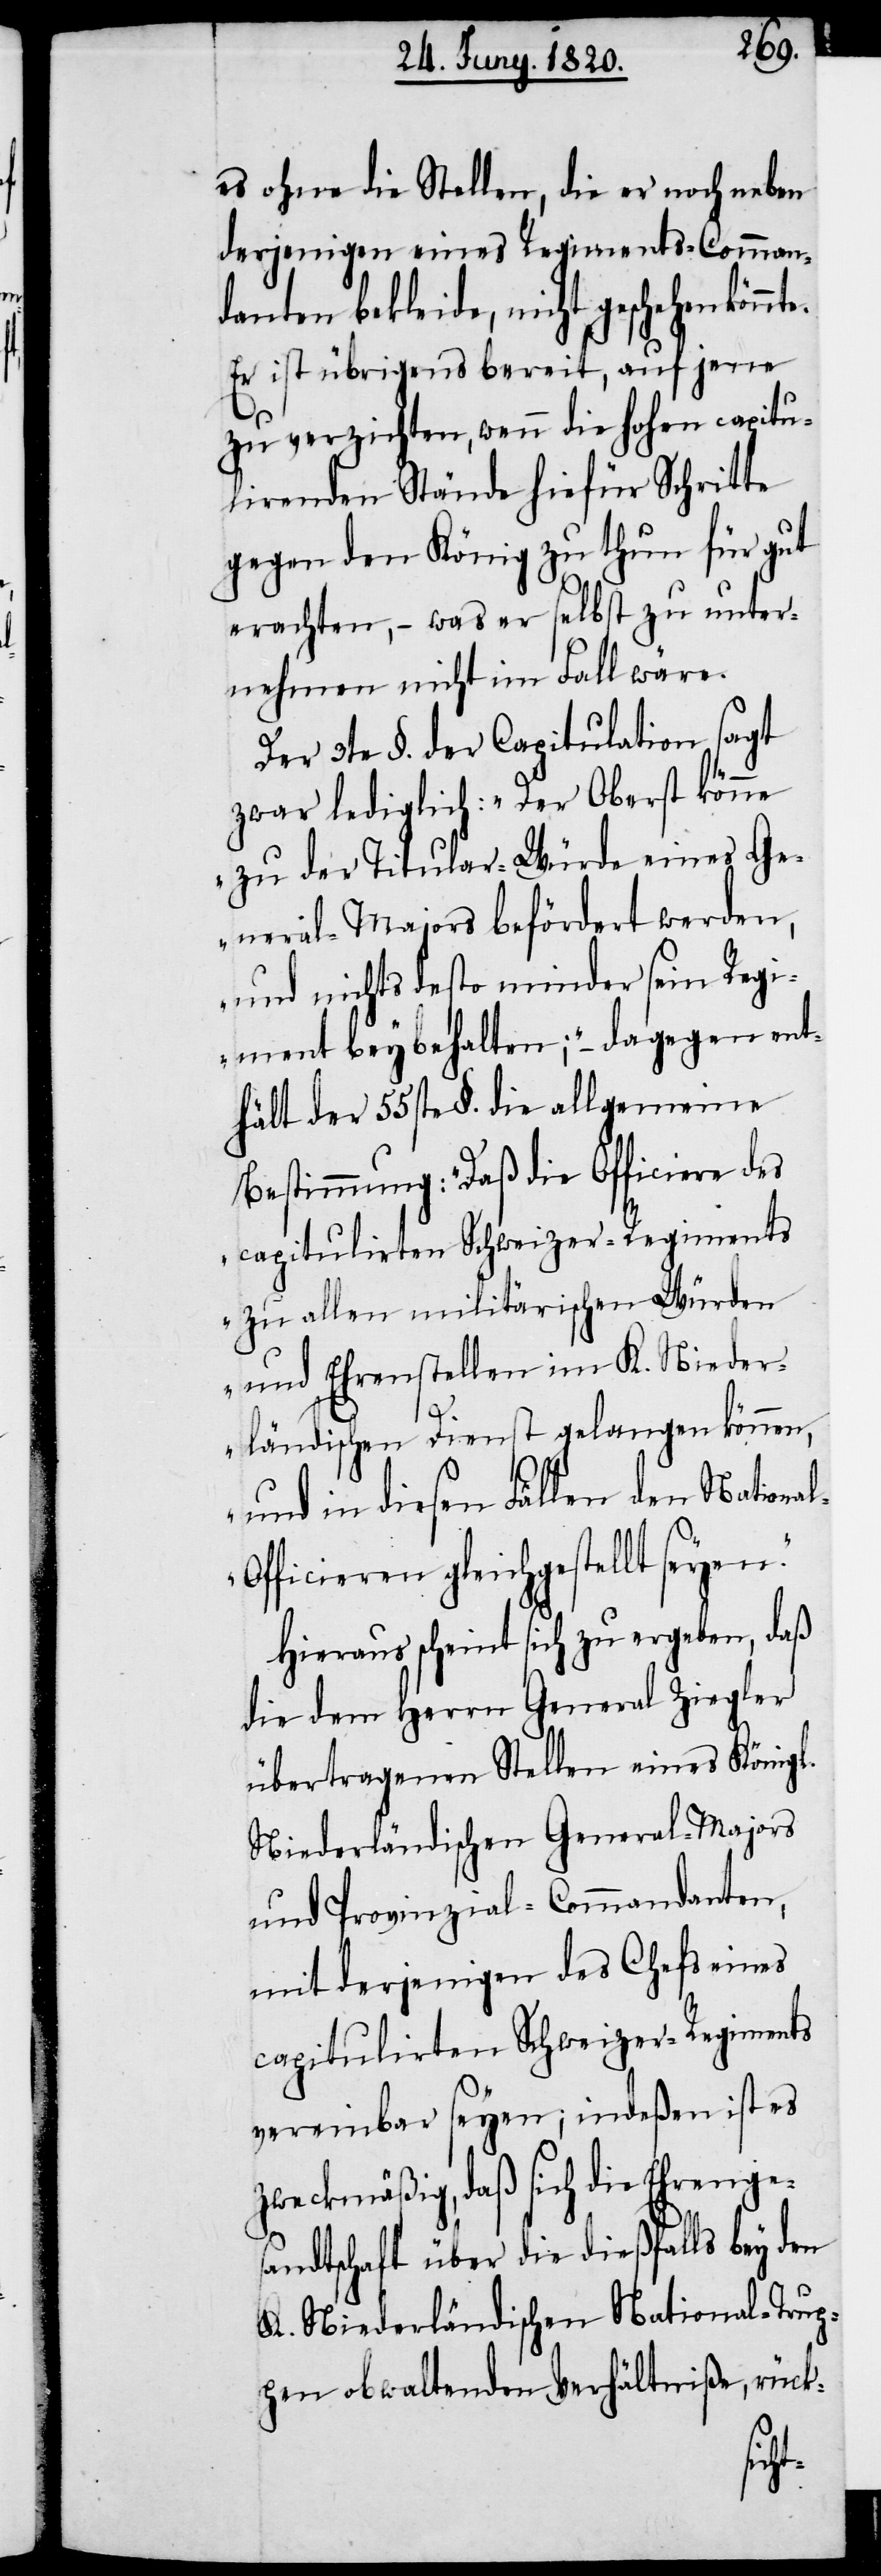
es ohne die Stellen, die er noch neben
derjenigen eines Regiments-Comman¬
danten bekleide, nicht geschehen
Er ist übrigens bereit, auf jene
zu verzichten, wenn die hohen capitu¬
lirenden Stände hiefür Schritte
gegen den König zu thun für gut
erachten, – was er selbst zu unter¬
nehmen nicht im Fall wäre.
Der 3te §. der Capitulation sagt
zwar lediglich: „Der Oberst könne
zu der Titular-Würde eines Ge¬
neral-Majors befördert werden,
und nichts desto minder sein Regi¬
ment beybehalten;“– dagegen ent¬
hält der 55ste §. die allgemeine
Bestimmung: „ Daß die Officiere des
zu allen militärischen Würden
und Ehrenstellen im K. Nieder¬
l-O¬
ländischen Dienst gelangen können,
und in diesen Fällen den Nationa¬
fficieren gleichgestellt seyen.“
Hinaus scheint sich zu ergeben, daß
die dem Herrn General Ziegler
übertragenen Stellen eines Königl.
Niederländischen General-Majors
und Provinzial-Commandanten,
mit derjenigen des Chefs eines
capitulirten Schweizer-Regiments
vereinbar seyen; indeßen ist es
zweckmäßig, daß sich die Ehrenge¬
sandtschaft über die dießfalls bey den
K. Niederländischen National-Trup¬
pen obwaltenden Verhältniße, rück-